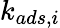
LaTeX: k_{ads,i}